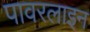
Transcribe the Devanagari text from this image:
पावरलाइन